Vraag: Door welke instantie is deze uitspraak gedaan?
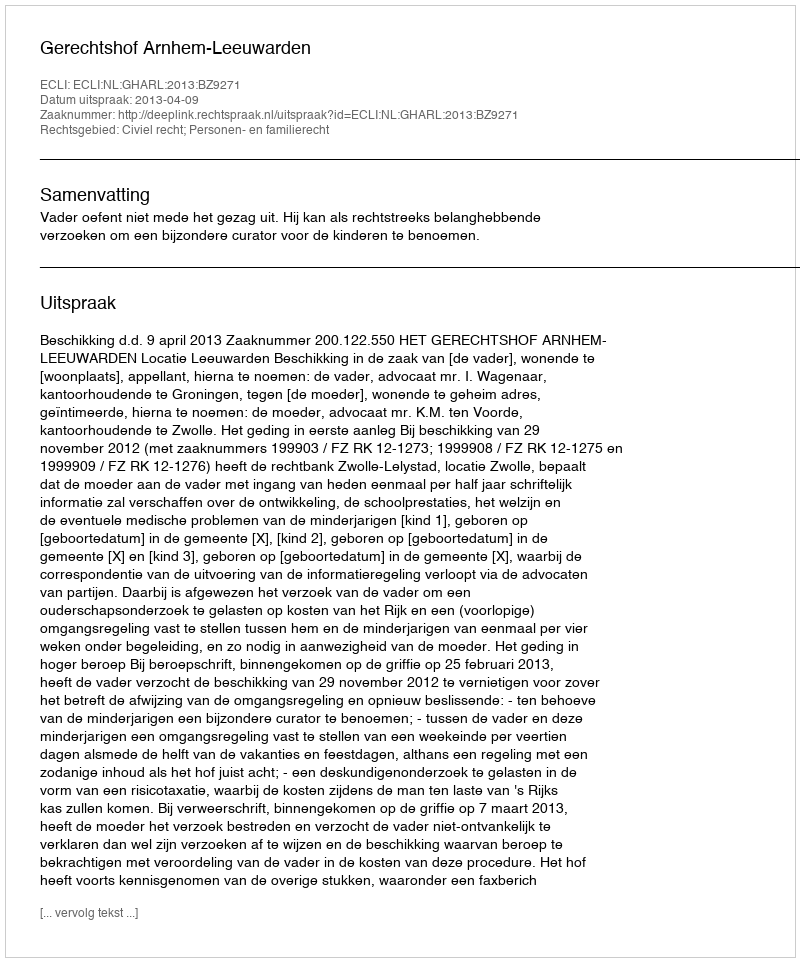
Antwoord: Gerechtshof Arnhem-Leeuwarden